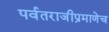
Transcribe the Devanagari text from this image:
पर्वतराजीप्रमाणेच